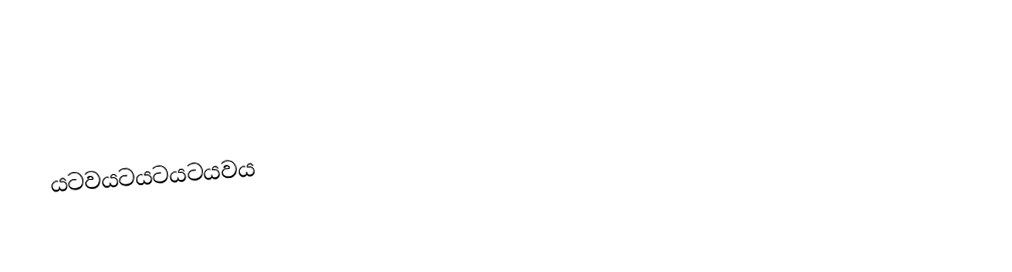
යටවයටයටයටයවය